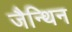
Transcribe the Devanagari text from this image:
जैन्थिन